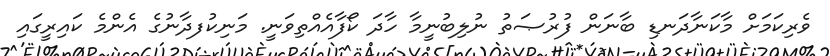
ވެރިކަމަށް މާކަނާދަނޑި ބާނަން ފުރުޞަތު ނުލިބުނީމާ ހާދަ ކޯފާއެއްތިވަނީ. މަނިކުފދާނުގެ އެންމެ ކައިރީގައި